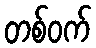
တစ်ဝက်